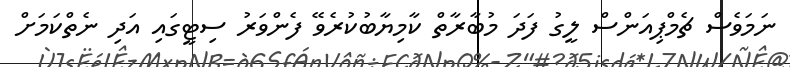
ނަމަވެސް ޗެމްޕިއަންސް ލީގު ފަދަ މުބާރާތް ކާމިޔާބުކުރެވޭ ފެންވަރު ސިޓީގައި އަދި ނެތްކަމަށް